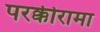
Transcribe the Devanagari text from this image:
परक्कीरामा